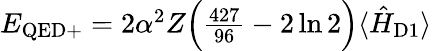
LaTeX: \begin{array}{r}{E_{\mathrm{QED+}}=2\alpha^{2}Z\Big(\frac{427}{96}-2\ln 2\Big)\langle\hat{H}_{\mathrm{D1}}\rangle}\end{array}